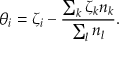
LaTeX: \theta _ { i } = \zeta _ { i } - \frac { \sum _ { k } \zeta _ { k } n _ { k } } { \sum _ { l } n _ { l } } .